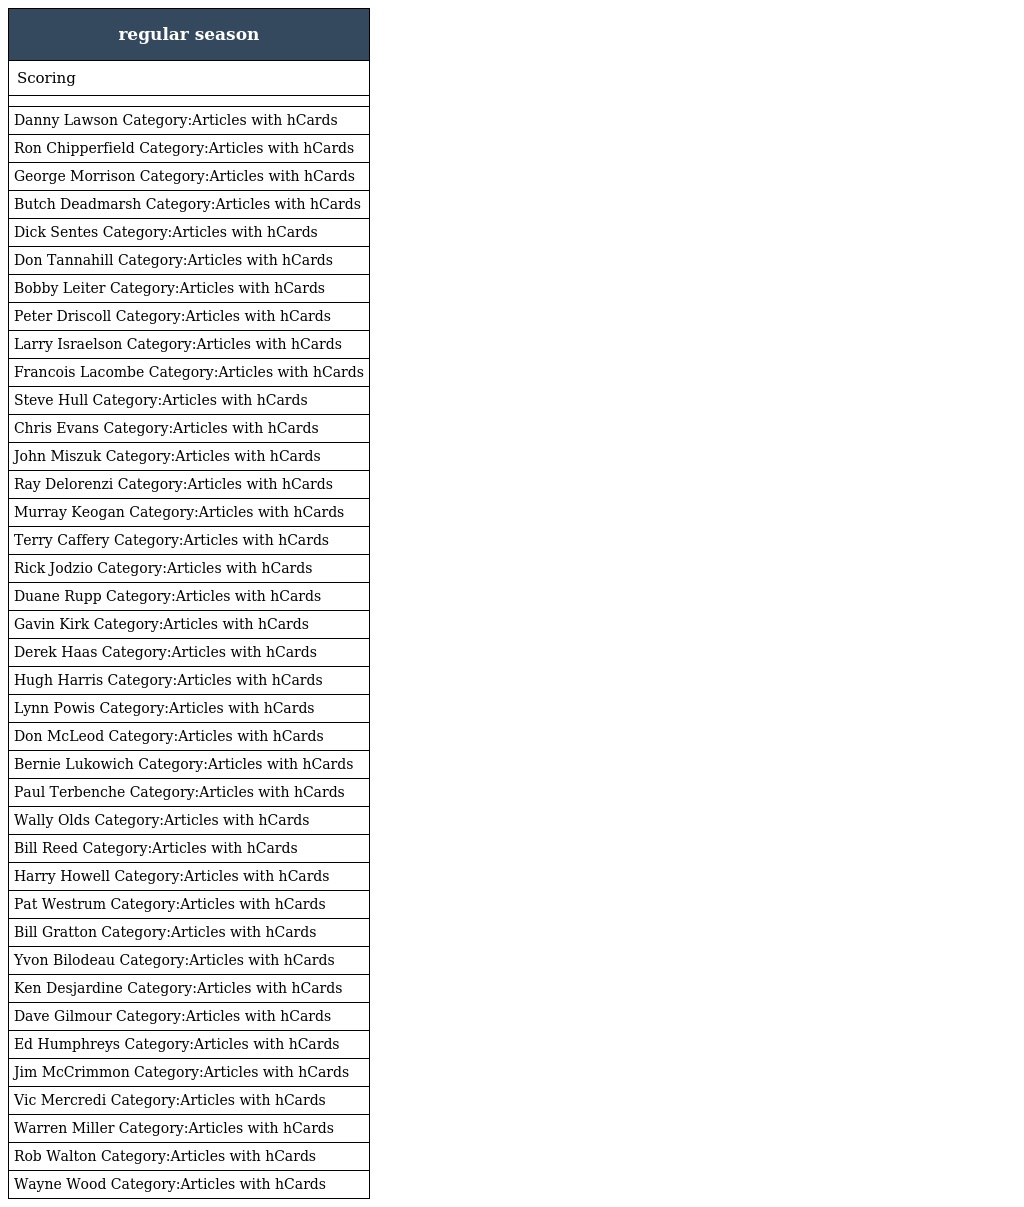
| regular season |
 | --- |
 | Scoring |
 |  |
 | Danny Lawson Category:Articles with hCards |
 | Ron Chipperfield Category:Articles with hCards |
 | George Morrison Category:Articles with hCards |
 | Butch Deadmarsh Category:Articles with hCards |
 | Dick Sentes Category:Articles with hCards |
 | Don Tannahill Category:Articles with hCards |
 | Bobby Leiter Category:Articles with hCards |
 | Peter Driscoll Category:Articles with hCards |
 | Larry Israelson Category:Articles with hCards |
 | Francois Lacombe Category:Articles with hCards |
 | Steve Hull Category:Articles with hCards |
 | Chris Evans Category:Articles with hCards |
 | John Miszuk Category:Articles with hCards |
 | Ray Delorenzi Category:Articles with hCards |
 | Murray Keogan Category:Articles with hCards |
 | Terry Caffery Category:Articles with hCards |
 | Rick Jodzio Category:Articles with hCards |
 | Duane Rupp Category:Articles with hCards |
 | Gavin Kirk Category:Articles with hCards |
 | Derek Haas Category:Articles with hCards |
 | Hugh Harris Category:Articles with hCards |
 | Lynn Powis Category:Articles with hCards |
 | Don McLeod Category:Articles with hCards |
 | Bernie Lukowich Category:Articles with hCards |
 | Paul Terbenche Category:Articles with hCards |
 | Wally Olds Category:Articles with hCards |
 | Bill Reed Category:Articles with hCards |
 | Harry Howell Category:Articles with hCards |
 | Pat Westrum Category:Articles with hCards |
 | Bill Gratton Category:Articles with hCards |
 | Yvon Bilodeau Category:Articles with hCards |
 | Ken Desjardine Category:Articles with hCards |
 | Dave Gilmour Category:Articles with hCards |
 | Ed Humphreys Category:Articles with hCards |
 | Jim McCrimmon Category:Articles with hCards |
 | Vic Mercredi Category:Articles with hCards |
 | Warren Miller Category:Articles with hCards |
 | Rob Walton Category:Articles with hCards |
 | Wayne Wood Category:Articles with hCards |